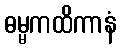
ဓမ္မကထိကာနံ